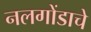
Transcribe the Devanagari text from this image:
नलगोंडाचे